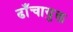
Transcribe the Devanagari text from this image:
ढाँचायुक्त